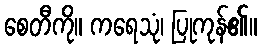
စေတီကို။ ကရေသုံ၊ ပြုကုန်၏။